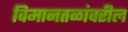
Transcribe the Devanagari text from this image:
विमानतळांवरील